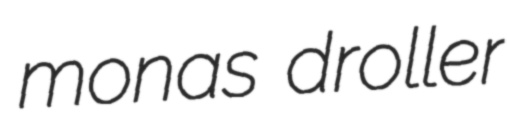
monas droller